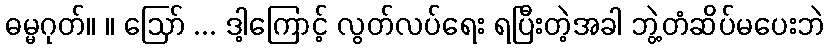
ဓမ္မဂုတ်။ ။ ဪ ... ဒါ့ကြောင့် လွတ်လပ်ရေး ရပြီးတဲ့အခါ ဘွဲ့တံဆိပ်မပေးဘဲ